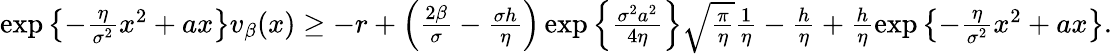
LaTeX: \begin{array}{r}{\exp\left\{ -\frac{\eta}{\sigma^{2}}x^{2}+ax\right\} v_{\beta}(x)\geq-r+\left(\frac{2\beta}{\sigma}-\frac{\sigma h}{\eta}\right)\exp\left\{ \frac{\sigma^{2}a^{2}}{4\eta}\right\} \sqrt{\frac{\pi}{\eta}}\frac{1}{\eta}-\frac{h}{\eta}+\frac{h}{\eta}\exp\left\{ -\frac{\eta}{\sigma^{2}}x^{2}+ax\right\} .}\end{array}